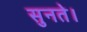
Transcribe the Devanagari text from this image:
सुनते।